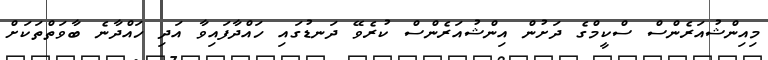
މިއިންޝުއަރެންސް ސްކީމްގެ ދަށުން އިންޝުއަރެންސް ކުރެވޭ ދަނޑުގައި ހައްދާފައިވާ އަދި ހައްދާނެ ބާވަތްތަކަށް